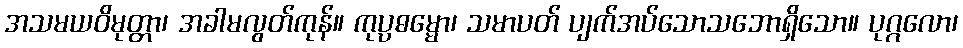
အသမယဝိမုတ္တာ၊ အခါမလွတ်ကုန်။ ကုပ္ပဓမ္မော၊ သမာပတ် ပျက်အပ်သောသဘောရှိသော။ ပုဂ္ဂလော၊